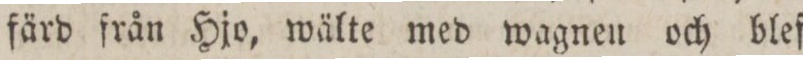
färd från Hjo, wälte med wagnen och blef